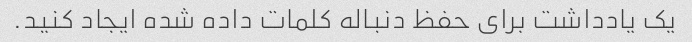
یک یادداشت برای حفظ دنباله کلمات داده شده ایجاد کنید.